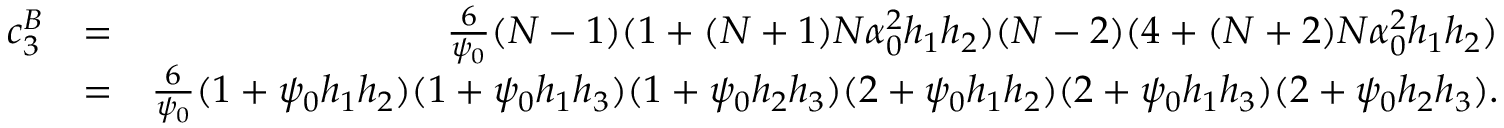
\begin{array} { r l r } { c _ { 3 } ^ { B } } & { = } & { \frac { 6 } { \psi _ { 0 } } ( N - 1 ) ( 1 + ( N + 1 ) N \alpha _ { 0 } ^ { 2 } h _ { 1 } h _ { 2 } ) ( N - 2 ) ( 4 + ( N + 2 ) N \alpha _ { 0 } ^ { 2 } h _ { 1 } h _ { 2 } ) } \\ & { = } & { \frac { 6 } { \psi _ { 0 } } ( 1 + \psi _ { 0 } h _ { 1 } h _ { 2 } ) ( 1 + \psi _ { 0 } h _ { 1 } h _ { 3 } ) ( 1 + \psi _ { 0 } h _ { 2 } h _ { 3 } ) ( 2 + \psi _ { 0 } h _ { 1 } h _ { 2 } ) ( 2 + \psi _ { 0 } h _ { 1 } h _ { 3 } ) ( 2 + \psi _ { 0 } h _ { 2 } h _ { 3 } ) . } \end{array}